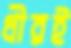
ধীরই